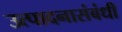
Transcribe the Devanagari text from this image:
उत्पादनासंबंधी